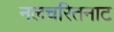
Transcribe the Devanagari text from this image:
नलचरितनाट